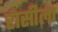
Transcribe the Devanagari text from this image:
रासीला